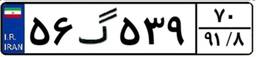
۹۷گ۳۸۳۰۲